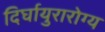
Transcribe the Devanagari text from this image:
दिर्घायुरारोग्य